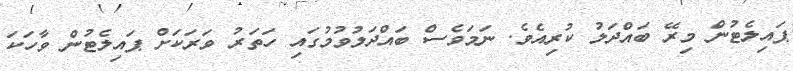
ޕައިލެޓުން މިރޭ ބައްދަލު ކުރިއެވެ. ނަމަވެސް ބައްދަލުވުމުގައި ހަތަރު ވަރަކަށް ޕައިލެޓުން ވާހަކަ